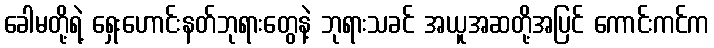
ခေါမတို့ရဲ့ ရှေးဟောင်းနတ်ဘုရားတွေနဲ့ ဘုရားသခင် အယူအဆတို့အပြင် ကောင်းကင်က